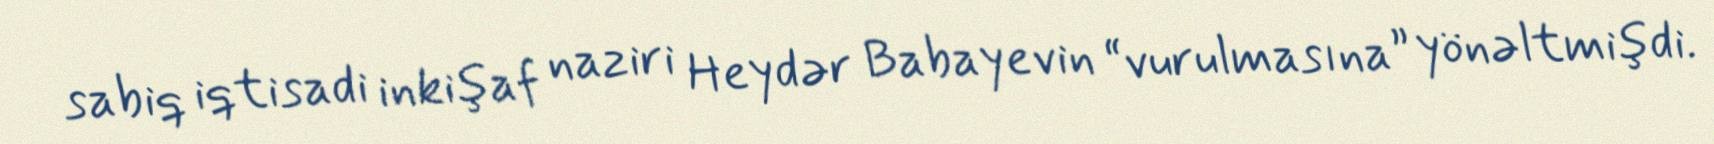
sabiq iqtisadi inkişaf naziri Heydər Babayevin “vurulmasına” yönəltmişdi.